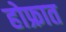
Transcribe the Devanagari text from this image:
होफ्रात